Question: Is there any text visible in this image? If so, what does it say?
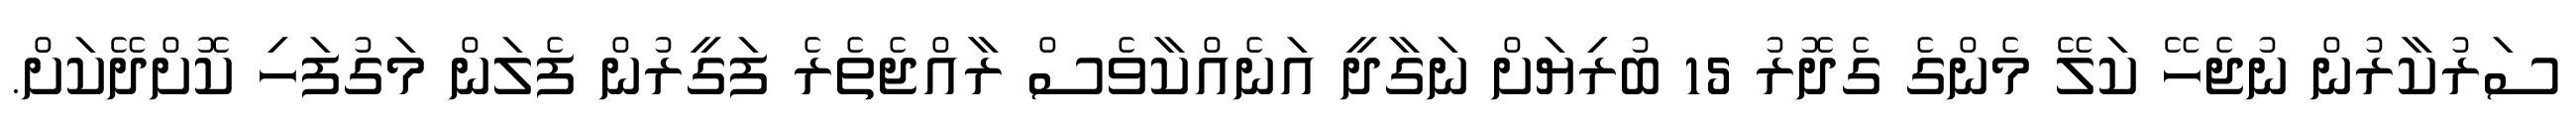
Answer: ސަރުކާރުން ނުޖެހޭ ކަލޭ މެންގެ ގެދޮރު 15 ބުރިޔަށް ނަގާދީ އަނެއްކާވެސް ރާއްޖެތެރެ ފަގީރުން ފެލަން މަގުފަހި ކޮށްދޭކަށް.